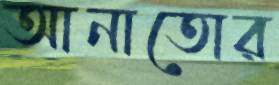
আনাতোর